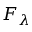
F _ { \lambda }